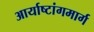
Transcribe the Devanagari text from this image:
आर्याष्टांगमार्ग